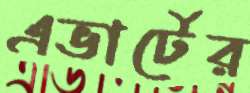
এভার্টের